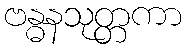
ဗန္ဓနသုတ္တကာ